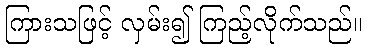
ကြားသဖြင့် လှမ်း၍ ကြည့်လိုက်သည်။